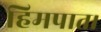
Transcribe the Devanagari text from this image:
हिमपात।